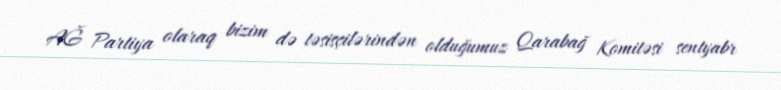
AĞ Partiya olaraq bizim də təsisçilərindən olduğumuz Qarabağ Komitəsi sentyabr